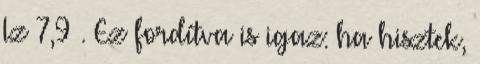
Iz 7,9 . Ez fordítva is igaz: ha hisztek,